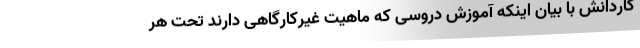
کاردانش با بیان اینکه آموزش دروسی که ماهیت غیرکارگاهی دارند تحت هر